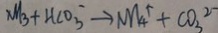
N H _ { 3 } + H C O _ { 3 } ^ { - } \rightarrow N H _ { 4 } ^ { \uparrow } + C O _ { 3 } ^ { 2 - }